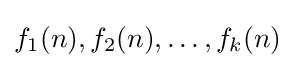
f_{1}(n),f_{2}(n),\ldots ,f_{k}(n)